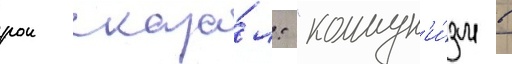
рои сказа́л: "коммун'и́зм в